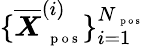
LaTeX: \{ \overline{{\boldsymbol X}}_{\mathrm{~\scriptsize~p~o~s~}}^{(i)}\} _{i=1}^{N_{\mathrm{~\scriptsize~p~o~s~}}}